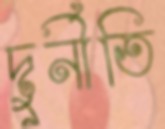
দুর্নীতি